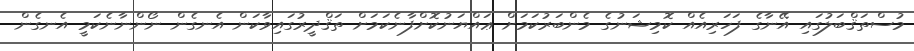
މުސްތަޤްބަލުގައި އޭނާގެ ފަހަރިއެއް ކޮމިޝަނުގެ މެންބަރުކަމަށް ޢައްޔަނުކޮށްފާނެކަމަށް ތަޤްދީރުގައިވާކަން އެނގެން ނޯންނާނެކަމީ އެނގެން